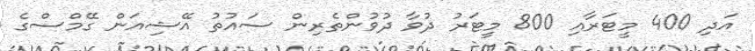
އަދި 400 މީޓަރާއި 800 މީޓަރު ދުވާ ދުވުންތެރިން ސައުތު އޭޝިއަން ގޭމްސްގެ